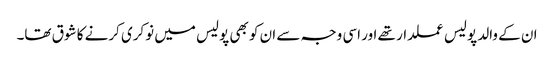
ان کے والد پولیس عملدار تھے اور اسی وجہ سے ان کو بھی پولیس میں نوکری کرنے کا شوق تھا۔